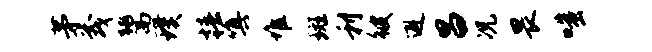
茅茂鬻璞椿嗔堆斑利彼避昌况畏嗤